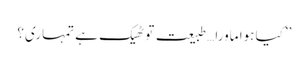
’’کیا ہوا ماورا…طبیعت تو ٹھیک ہے تمہاری؟